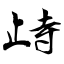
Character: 歭